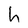
Character: h